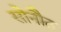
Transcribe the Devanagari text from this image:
सोनौठ